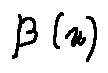
\beta ( u )